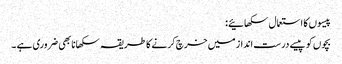
پیسوں کا استعمال سکھائیے:
بچوں کو پیسے درست انداز میں خرچ کرنے کا طریقہ سکھانا بھی ضروری ہے ۔